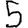
Digit: 5